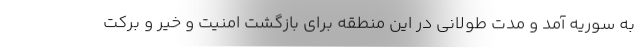
به سوریه آمد و مدت طولانی در این منطقه برای بازگشت امنیت و خیر و برکت